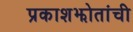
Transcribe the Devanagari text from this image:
प्रकाशझोतांची